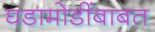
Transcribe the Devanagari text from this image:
घडामोडींबाबत